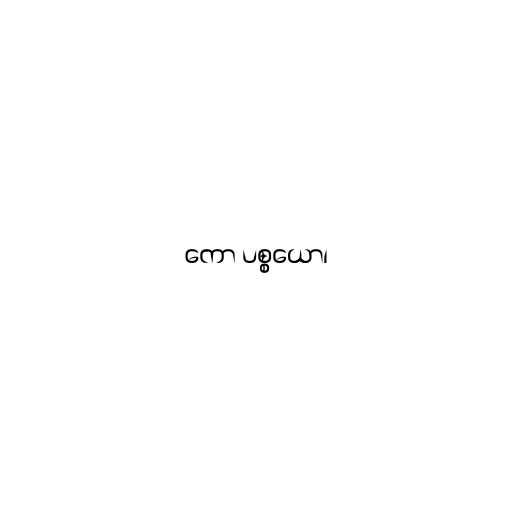
ကော ပစ္စယော၊